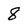
Character: 8